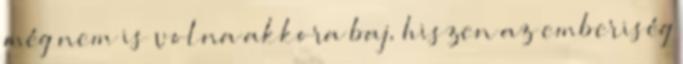
még nem is volna akkora baj, hiszen az emberiség